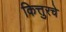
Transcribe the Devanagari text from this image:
कित्तुरचे